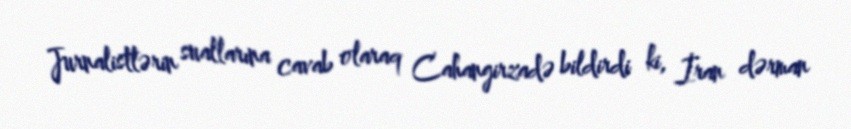
Jurnalistlərin suallarına cavab olaraq Cahangirzadə bildirdi ki, İran dərman